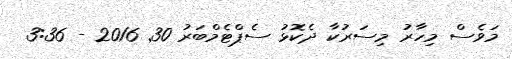
މަވެސް މިހާރު މިސަރުކާާ ދެކޮޅު ސެޕްޓެމްބަރު 30